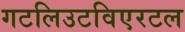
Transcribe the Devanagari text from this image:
गटलिउटविएरटल